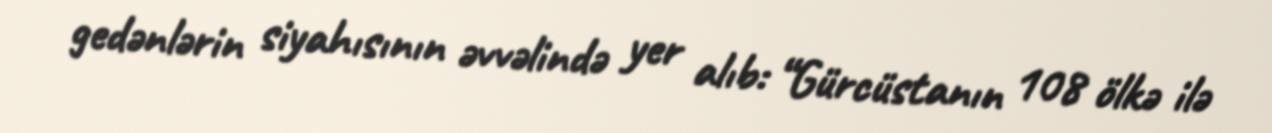
gedənlərin siyahısının əvvəlində yer alıb: “Gürcüstanın 108 ölkə ilə